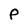
Character: P